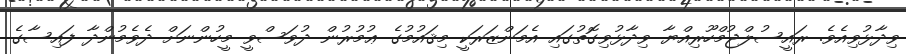
ވިދާޅުވިއެވެ. ރައީސުލްޖުމްހޫރިއްޔާ ވިދާޅުވިގޮތުގައި އެމަންޒަރަކީ މިޤައުމުގެ ޢުމުރުން ދުވަސްވީ މީހުންނަށް ދެވެމުންދާ ފައިސާގެ